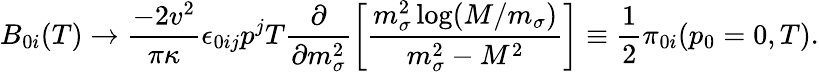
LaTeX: B_{0i}(T)\rightarrow\frac{-2v^{2}}{\pi\kappa}\epsilon_{0ij}p^{j}T\frac{\partial}{\partial m_{\sigma}^{2}}\left[\frac{m_{\sigma}^{2}\log(M/m_{\sigma})}{m_{\sigma}^{2}-M^{2}}\right]\equiv\frac{1}{2}{\cal{\pi}}_{0i}(p_{0}=0,T).